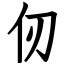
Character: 仞